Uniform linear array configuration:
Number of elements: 64
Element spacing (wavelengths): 1
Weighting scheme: binomial
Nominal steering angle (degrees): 30
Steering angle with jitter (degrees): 28.716
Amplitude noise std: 0.05
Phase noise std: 0.05

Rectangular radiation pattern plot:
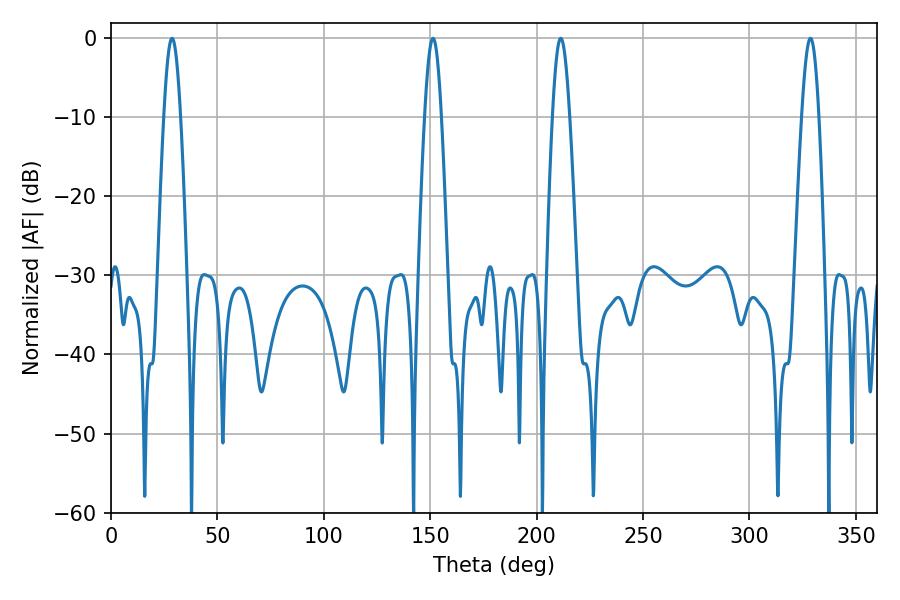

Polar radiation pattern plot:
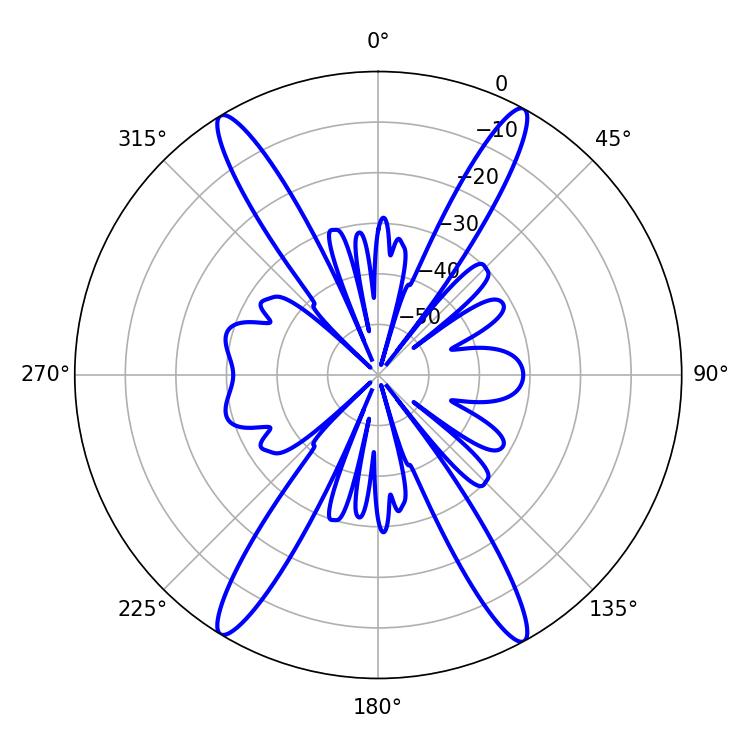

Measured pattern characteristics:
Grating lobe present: TRUE
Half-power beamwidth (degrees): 4.32
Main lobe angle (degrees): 328.68